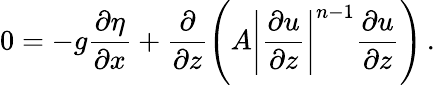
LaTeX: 0=-g\frac{\partial\eta}{\partial x}+\frac{\partial}{\partial z}\left(A\left|\frac{\partial u}{\partial z}\right|^{n-1}\frac{\partial u}{\partial z}\right)\, .